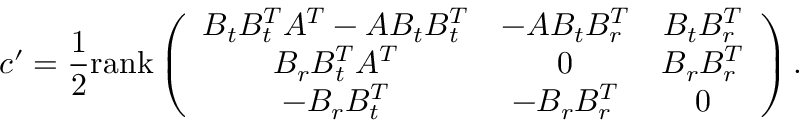
c ^ { \prime } = \frac { 1 } { 2 } \mathrm { r a n k } \left( \begin{array} { c c c } { B _ { t } B _ { t } ^ { T } A ^ { T } - A B _ { t } B _ { t } ^ { T } } & { - A B _ { t } B _ { r } ^ { T } } & { B _ { t } B _ { r } ^ { T } } \\ { B _ { r } B _ { t } ^ { T } A ^ { T } } & { 0 } & { B _ { r } B _ { r } ^ { T } } \\ { - B _ { r } B _ { t } ^ { T } } & { - B _ { r } B _ { r } ^ { T } } & { 0 } \end{array} \right) .